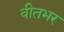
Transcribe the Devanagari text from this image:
वीतभर